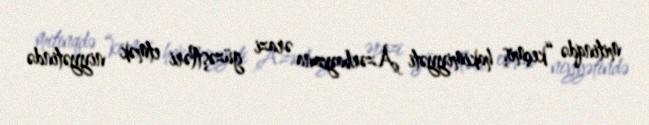
mitinqdə “keçmiş hakimiyyəti Azərbaycana ərazi güzəştləri etmək niyyətində